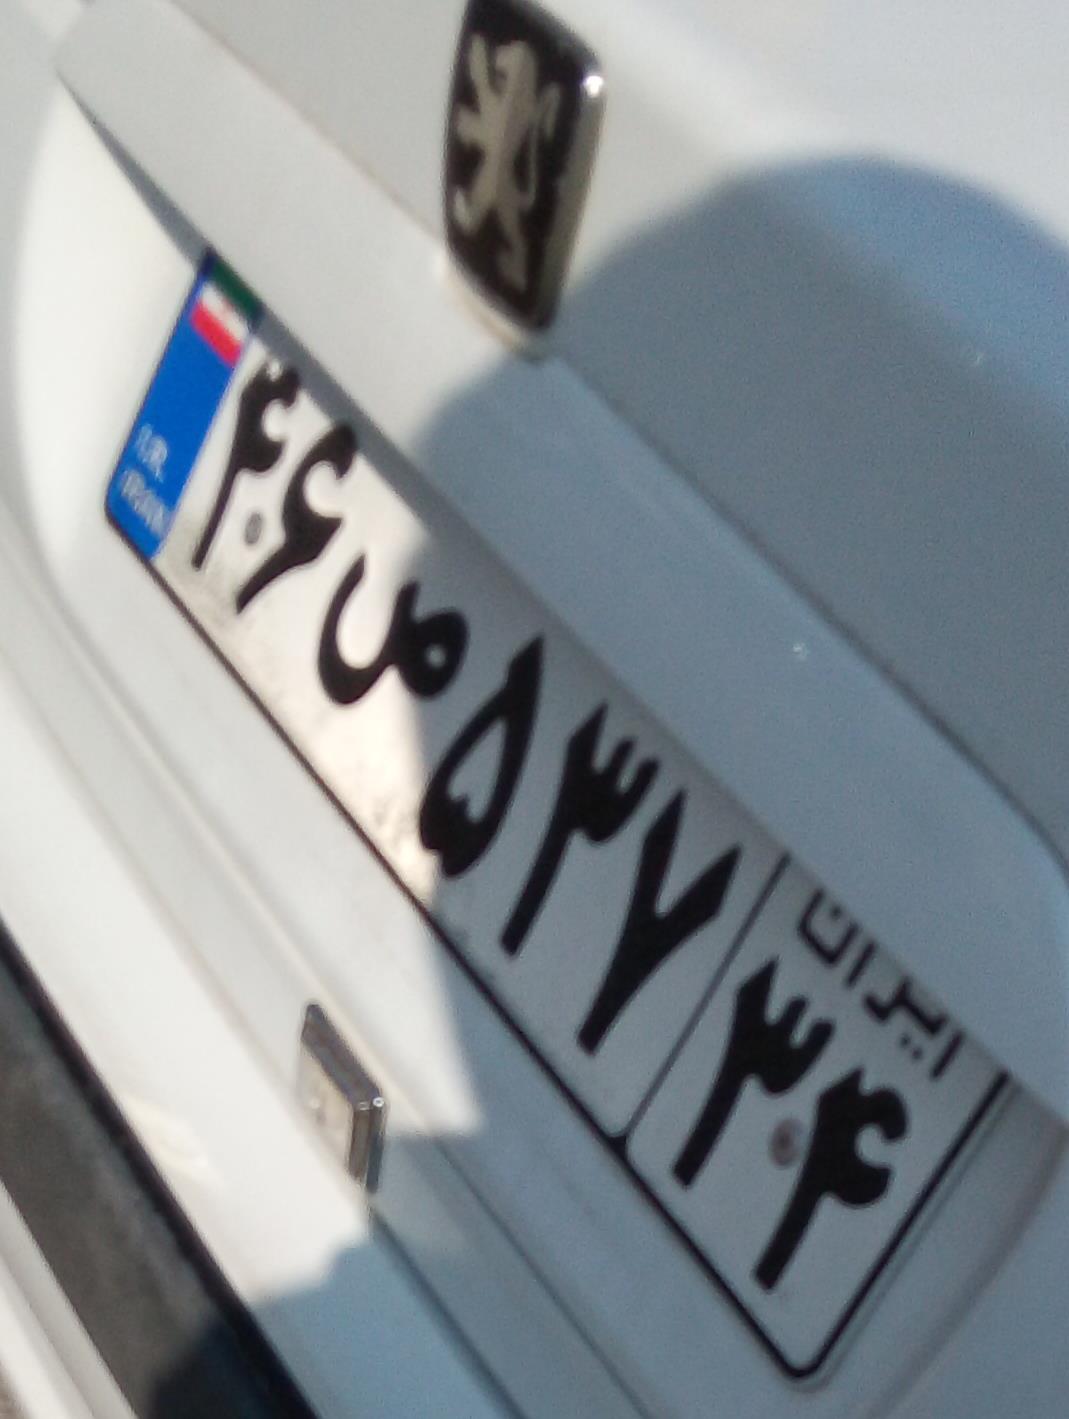
۴۶ص۵۳۷۳۴